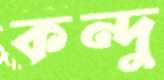
কন্দু